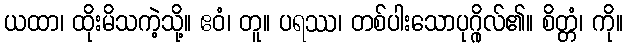
ယထာ၊ ထိုးမိသကဲ့သို့။ ဧဝံ၊ တူ။ ပရဿ၊ တစ်ပါးသောပုဂ္ဂိုလ်၏။ စိတ္တံ၊ ကို။